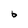
Character: 6